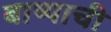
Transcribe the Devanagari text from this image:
बाष्पाची